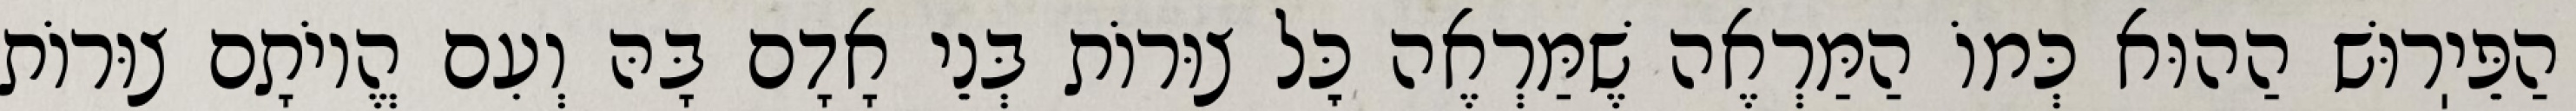
הַפֵּיֽרוּשׁ הַהוּא כְּמוֹ הַמַּרְאֶה שֶׁמַּרְאֶה כׇּל צוּרוֹת בְּנֵי אָדָם בָּהּ וְעִם הֱיוֹתָם צוּרוֹת